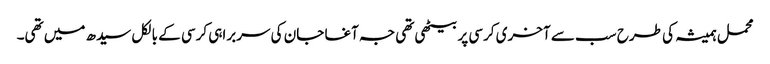
محمل ہمیشہ کی طرح سب سے آخری کرسی پر بیٹھی تھی جہ آغا جان کی سربراہی کرسی کے بالکل سیدھ میں تھی۔